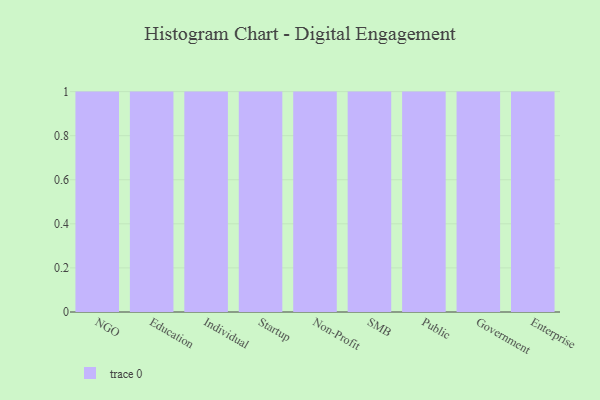
{"axis": {"x": "Segment", "y": "Backlog"}, "legend": [""], "data": [{"x": "NGO", "y": 54, "type": ""}, {"x": "Education", "y": 73, "type": ""}, {"x": "Individual", "y": 33, "type": ""}, {"x": "Startup", "y": 98, "type": ""}, {"x": "Non-Profit", "y": 29, "type": ""}, {"x": "SMB", "y": 56, "type": ""}, {"x": "Public", "y": 90, "type": ""}, {"x": "Government", "y": 40, "type": ""}, {"x": "Enterprise", "y": 1, "type": ""}]}